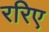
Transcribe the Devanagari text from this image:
ररिए